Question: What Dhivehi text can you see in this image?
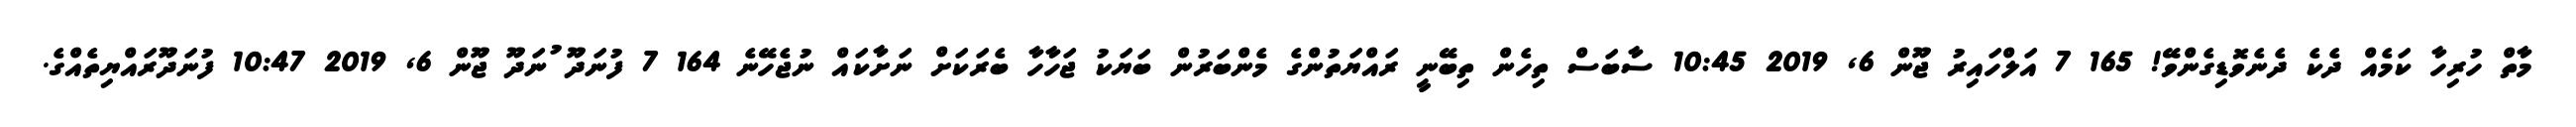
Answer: މާތް ހުރިހާ ކަމެއް ދެކެ ދެނެވޮޑިގެންވޭ! 165 7 އަލްހައިރު ޖޫން 6, 2019 10:45 ސާބަސް ތިހެން ތިބޭނީ ރައްޔަތުންގެ މެންބަރުން ބަޔަކު ޖަހާހާ ބެރަކަށް ނަށާކައް ނުޖެހޭނެ 164 7 ފުނަދޫ ުނަދޫ ޖޫން 6, 2019 10:47 ފުނަދޫރައްޔިތެއްގެ.